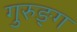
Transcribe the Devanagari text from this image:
गुरुङ्ग